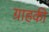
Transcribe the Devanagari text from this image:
ग्राहकी